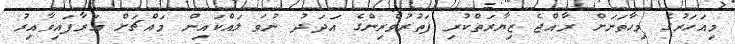
މިއަހަރުގެ މިހާތަނަށް ރާއްޖެ ޒިޔާރަތްކުރި ފަތުރުވެރިންގެ އަދަދު ނުވަ ލައްކައިން މައްޗަށް އަރާފައިވާއިރު